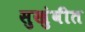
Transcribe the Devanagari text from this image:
सुखुंवीत